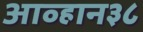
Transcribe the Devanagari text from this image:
आव्हान३८